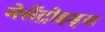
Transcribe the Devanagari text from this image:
मेसेंट्रोइड्स